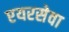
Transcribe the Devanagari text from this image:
एयरसेवा